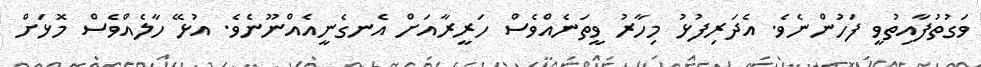
ވަގުތުފާއިތުވީ ފަހުންނެވެ. އެދަރިފުޅު މިހާރު ވީތަނެއްވެސް ހަރީރާއަށް އެނގެނީއެއްނޫނެވެ. އުޅޭ ހާލެއްވެސް މޮޅަށް